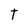
Character: T